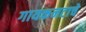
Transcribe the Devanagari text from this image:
गायकनटाचे